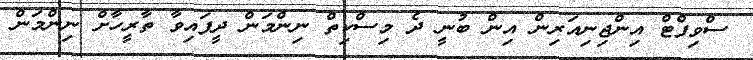
ސްވިފްޓް އިންޖިނިއަރިން އިން ބުނީ ދެ މިސްކިތް ނިންމަން ދީފައިވާ ތާރީހާށް ނިންމަން